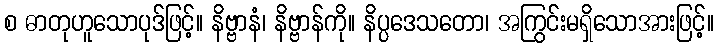
စ ဓာတုဟူသောပုဒ်ဖြင့်။ နိဗ္ဗာနံ၊ နိဗ္ဗာန်ကို။ နိပ္ပဒေသတော၊ အကြွင်းမရှိသောအားဖြင့်။